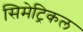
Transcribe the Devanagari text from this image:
सिमेट्रिकल